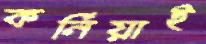
কর্নিয়াই